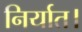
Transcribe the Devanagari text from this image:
निर्यात।